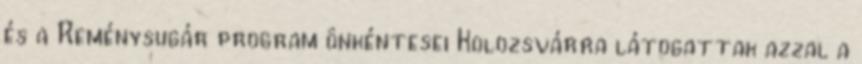
és a Reménysugár program önkéntesei Kolozsvárra látogattak azzal a